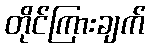
တိုင်ကြားချက်